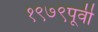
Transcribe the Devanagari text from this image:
१९७९पूर्वी